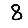
Digit: 8